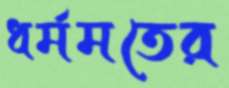
ধর্মমতের